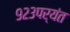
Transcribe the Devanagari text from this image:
९२३पर्यंत